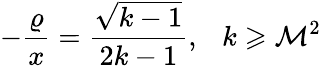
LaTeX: -\frac{\varrho}{x}=\frac{\sqrt{k-1}}{2k-1},~~~k\geqslant\mathcal{M}^{2}